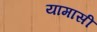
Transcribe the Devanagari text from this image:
यामासी